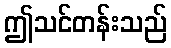
ဤသင်တန်းသည်